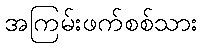
အကြမ်းဖက်စစ်သား